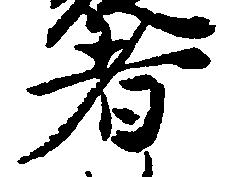
者